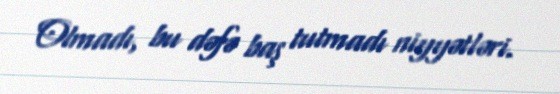
Olmadı, bu dəfə baş tutmadı niyyətləri.